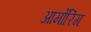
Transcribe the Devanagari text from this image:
आर्मोरिंग